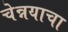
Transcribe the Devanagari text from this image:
चेन्नयाचा